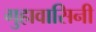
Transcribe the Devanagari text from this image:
गुहावासिनी